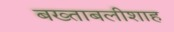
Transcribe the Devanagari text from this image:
बख्ताबलीशाह